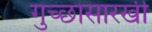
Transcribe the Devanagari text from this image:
गुच्छासारखी